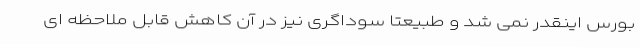
بورس اینقدر نمی شد و طبیعتا سوداگری نیز در آن کاهش قابل ملاحظه ای